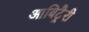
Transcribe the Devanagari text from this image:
आबिट्रैरी